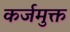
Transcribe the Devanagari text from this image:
कर्जमुक्त